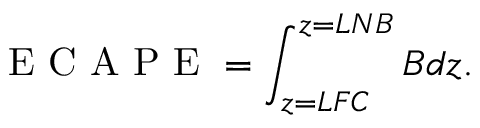
\mathrm { ~ E ~ C ~ A ~ P ~ E ~ } = \int _ { z = L F C } ^ { z = L N B } B d z .